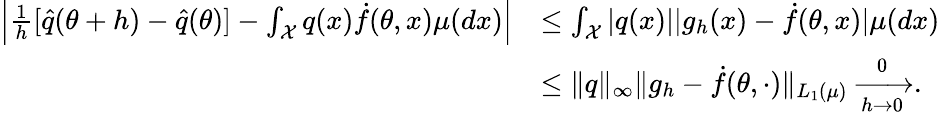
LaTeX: \begin{array}{rl}{\left|\frac{1}{h}[\hat{q}(\theta+h)-\hat{q}(\theta)]-\int_{\mathcal X}q(x)\dot{f}(\theta,x)\mu(dx)\right|}&{\le\int_{\mathcal X}|q(x)||g_{h}(x)-\dot{f}(\theta,x)|\mu(dx)}\\ &{\le\| q\| _{\infty}\| g_{h}-\dot{f}(\theta,\cdot)\| _{L_{1}(\mu)}\xrightarrow[h\to 0]0.}\end{array}